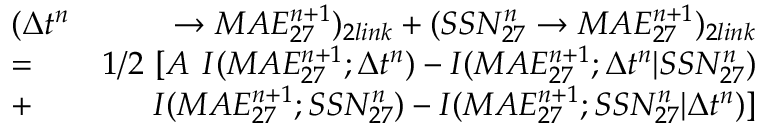
\begin{array} { r l r } & { \large ( \Delta t ^ { n } } & { \rightarrow M A E _ { 2 7 } ^ { n + 1 } \large ) _ { 2 l i n k } + \large ( S S N _ { 2 7 } ^ { n } \rightarrow M A E _ { 2 7 } ^ { n + 1 } \large ) _ { 2 l i n k } } \\ & { = } & { 1 / 2 \ \large [ A \ I ( M A E _ { 2 7 } ^ { n + 1 } ; \Delta t ^ { n } ) - I ( M A E _ { 2 7 } ^ { n + 1 } ; \Delta t ^ { n } | S S N _ { 2 7 } ^ { n } ) } \\ & { + } & { I ( M A E _ { 2 7 } ^ { n + 1 } ; S S N _ { 2 7 } ^ { n } ) - I ( M A E _ { 2 7 } ^ { n + 1 } ; S S N _ { 2 7 } ^ { n } | \Delta t ^ { n } ) \large ] } \end{array}